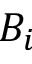
B _ { i }